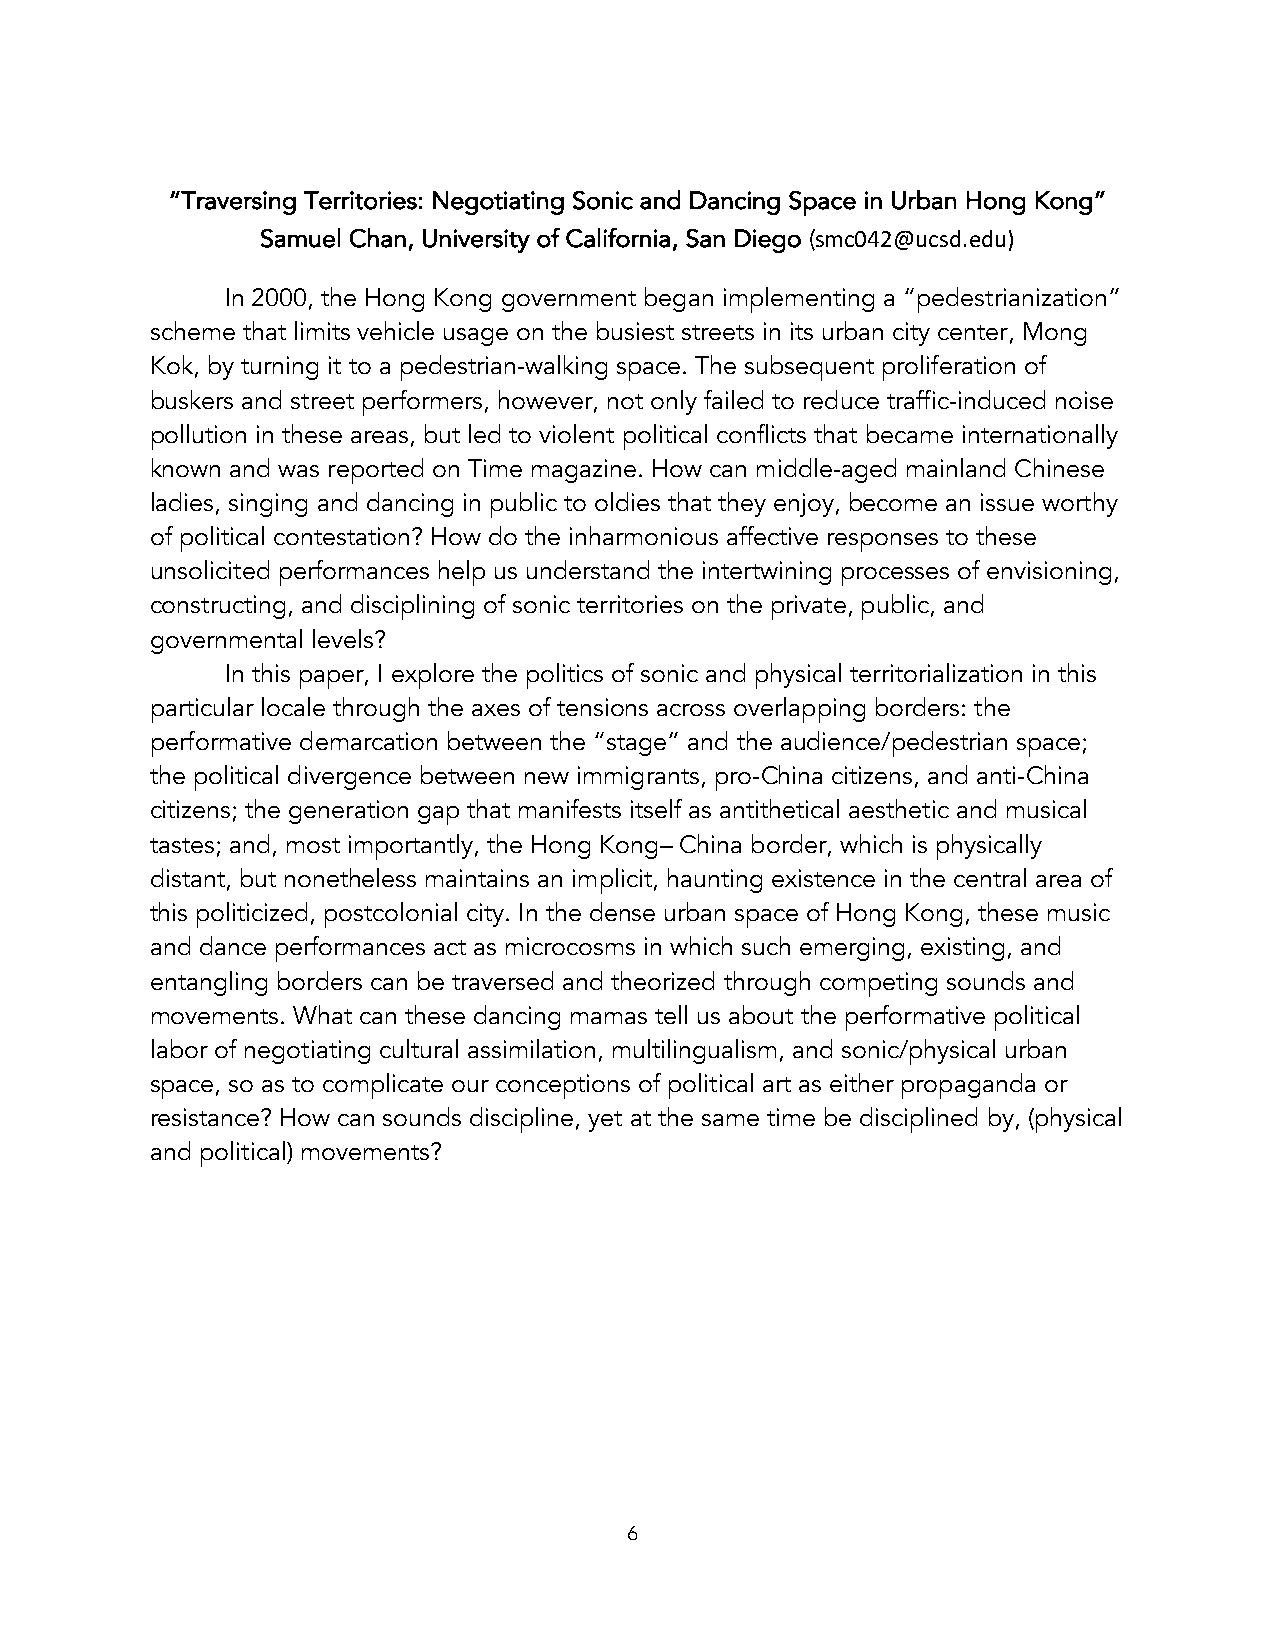
“Traversing Territories: Negotiating Sonic and Dancing Space in Urban Hong Kong”
 Samuel Chan, University of California, San Diego (smc042@ucsd.edu)
 In 2000, the Hong Kong government began implementing a “pedestrianization”
 scheme that limits vehicle usage on the busiest streets in its urban city center, Mong
 Kok, by turning it to a pedestrian-walking space. The subsequent proliferation of
 buskers and street performers, however, not only failed to reduce traffic-induced noise
 pollution in these areas, but led to violent political conflicts that became internationally
 known and was reported on Time magazine. How can middle-aged mainland Chinese
 ladies, singing and dancing in public to oldies that they enjoy, become an issue worthy
 of political contestation? How do the inharmonious affective responses to these
 unsolicited performances help us understand the intertwining processes of envisioning,
 constructing, and disciplining of sonic territories on the private, public, and
 governmental levels?
 In this paper, I explore the politics of sonic and physical territorialization in this
 particular locale through the axes of tensions across overlapping borders: the
 performative demarcation between the “stage” and the audience/pedestrian space;
 the political divergence between new immigrants, pro-China citizens, and anti-China
 citizens; the generation gap that manifests itself as antithetical aesthetic and musical
 tastes; and, most importantly, the Hong Kong– China border, which is physically
 distant, but nonetheless maintains an implicit, haunting existence in the central area of
 this politicized, postcolonial city. In the dense urban space of Hong Kong, these music
 and dance performances act as microcosms in which such emerging, existing, and
 entangling borders can be traversed and theorized through competing sounds and
 movements. What can these dancing mamas tell us about the performative political
 labor of negotiating cultural assimilation, multilingualism, and sonic/physical urban
 space, so as to complicate our conceptions of political art as either propaganda or
 resistance? How can sounds discipline, yet at the same time be disciplined by, (physical
 and political) movements?
 6